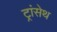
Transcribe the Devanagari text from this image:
ट्रांसेथ